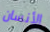
الأنسان